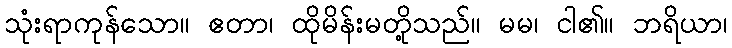
သုံးရာကုန်သော။ ဧတာ၊ ထိုမိန်းမတို့သည်။ မမ၊ ငါ၏။ ဘရိယာ၊